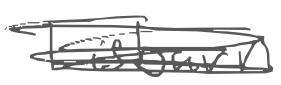
Text: Lisburn
Cross-out: scratch
Writing tool: digital_gray